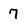
Character: 7